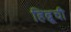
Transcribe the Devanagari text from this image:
हिब्रूची